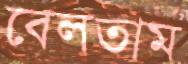
বেলতাম